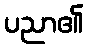
ပညာ၏